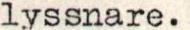
lyssnare.